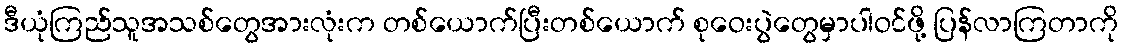
ဒီယုံကြည်သူအသစ်တွေအားလုံးက တစ်ယောက်ပြီးတစ်ယောက် စုဝေးပွဲတွေမှာပါဝင်ဖို့ ပြန်လာကြတာကို